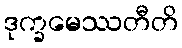
ဒုက္ခမေဿတီတိ